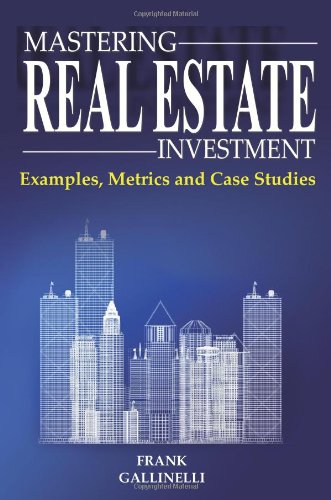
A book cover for Mastering Real Estate Investment: Examples, Metrics And Case Studies; Frank Gallinelli; Business & Money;